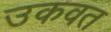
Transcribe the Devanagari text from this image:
उकवत